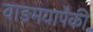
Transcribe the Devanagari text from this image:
वाङमयापैकी